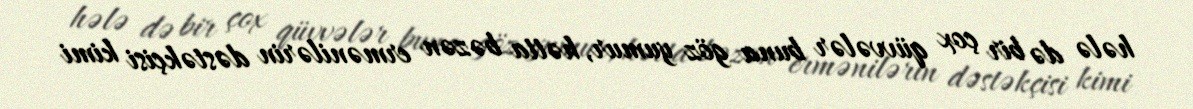
hələ də bir çox qüvvələr buna göz yumur, hətta bəzən ermənilərin dəstəkçisi kimi